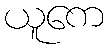
ယူကေ